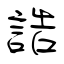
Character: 誥